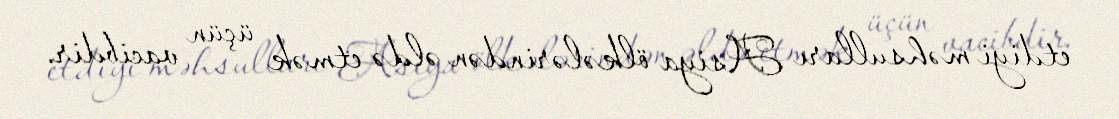
etdiyi məhsulları Asiya ölkələrindən əldə etmək üçün vacibdir.